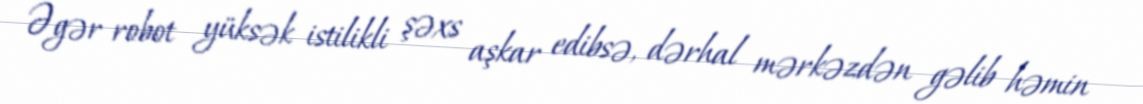
Əgər robot yüksək istilikli şəxs aşkar edibsə, dərhal mərkəzdən gəlib həmin